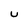
Character: U